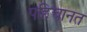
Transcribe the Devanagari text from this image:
पहिचानत